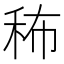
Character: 𥞎